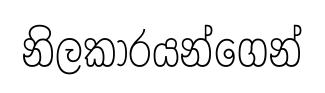
නිලකාරයන්ගෙන්